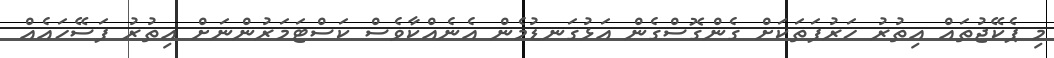
މި ޕެކޭޖުތައް އިތުރު ހަރުފަތަކަށް ގެންގޮސްގެން އަޅުގަނޑުމެން އެނެއްކާވެސް ކަސްޓަމަރުންނަށް އިތުރު ފަސޭހައެއް